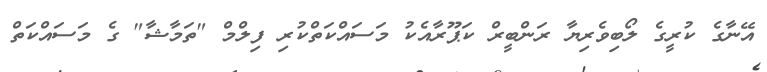
އޭނާގެ ކުރީގެ ލޯބިވެރިޔާ ރަންބީރް ކަޕޫރާއެކު މަސައްކަތްކުރި ފިލްމް "ތަމާޝާ" ގެ މަސައްކަތް